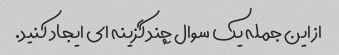
از این جمله یک سوال چند گزینه ای ایجاد کنید.